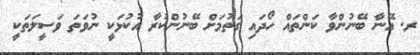
ރ. އޭނާ ބޭނުންވާ ކަންތައް ހޯދައި ގަތުމަށް ބޭނުންކުރާ އުކުޅަކީ ނުވަތަ ވަސީލަތަކީ